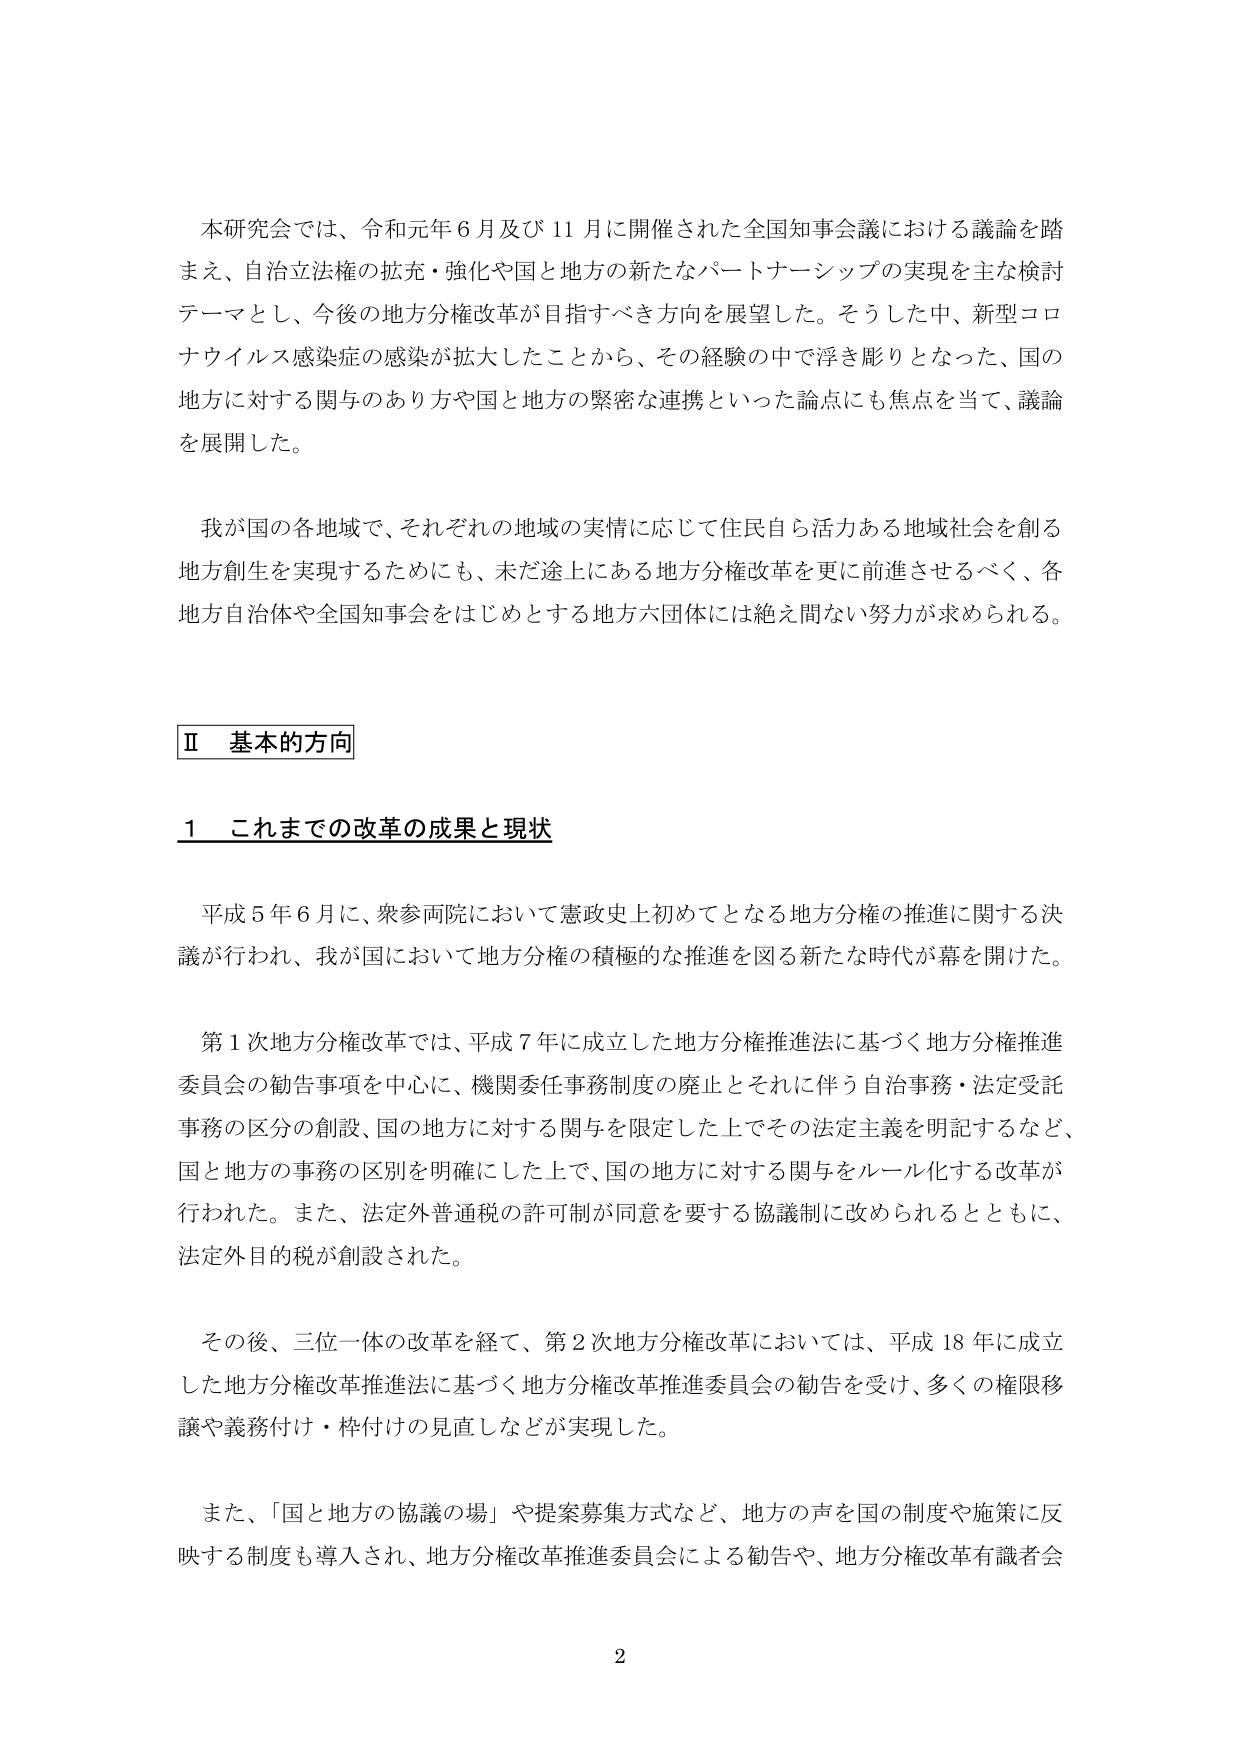
本研究会では、令和元年６月及び１１月に開催された全国知事会議における議論を踏
まえ、自治立法権の拡充・強化や国と地方の新たなパートナーシップの実現を主な検討
テーマとし、今後の地方分権改革が目指すべき方向を展望した。そうした中、新型コロ
ナウイルス感染症の感染が拡大したことから、その経験の中で浮き彫りとなった、国の
地方に対する関与のあり方や国と地方の緊密な連携といった論点にも焦点を当て、議論
を展開した。

我が国の各地域で、それぞれの地域の実情に応じて住民自ら活力ある地域社会を創る
地方創生を実現するためにも、未だ途上にある地方分権改革を更に前進させるべく、各
地方自治体や全国知事会をはじめとする地方六団体には絶え間ない努力が求められる。

Ⅱ 基本的方向

１ これまでの改革の成果と現状

平成５年６月に、衆参両院において憲政史上初めてとなる地方分権の推進に関する決
議が行われ、我が国において地方分権の積極的な推進を図る新たな時代が幕を開けた。

第１次地方分権改革では、平成７年に成立した地方分権推進法に基づく地方分権推進
委員会の勧告事項を中心に、機関委任事務制度の廃止とそれに伴う自治事務・法定受託
事務の区分の創設、国の地方に対する関与を限定した上でその法定主義を明記するなど、
国と地方の事務の区別を明確にした上で、国の地方に対する関与をルール化する改革が
行われた。また、法定外普通税の許可制が同意を要する協議制に改められるとともに、
法定外目的税が創設された。

その後、三位一体の改革を経て、第２次地方分権改革においては、平成１８年に成立
した地方分権改革推進法に基づく地方分権改革推進委員会の勧告を受け、多くの権限移
譲や義務付け・枠付けの見直しなどが実現した。

また、「国と地方の協議の場」や提案募集方式など、地方の声を国の制度や施策に反
映する制度も導入され、地方分権改革推進委員会による勧告や、地方分権改革有識者会

2